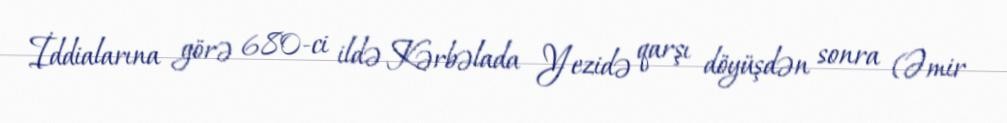
İddialarına görə 680-ci ildə Kərbəlada Yezidə qarşı döyüşdən sonra (Əmir